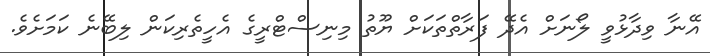
އޭނާ ވިދާޅުވީ ލޯނަށް އެދޭ ފަރާތްތަކަށް ޔޫތު މިނިސްޓްރީގެ އެހީތެރިކަން ލިބޭނެ ކަމަށެވެ.